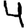
Digit: 4